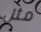
مثل